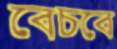
বেচবে